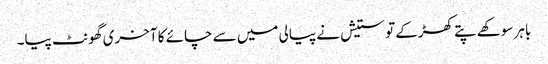
باہر سوکھے پتے کھڑکے تو ستیش نے پیالی میں سے چائے کا آخری گھونٹ پیا۔